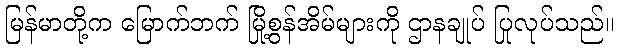
မြန်မာတို့က မြောက်ဘက် မြို့စွန်အိမ်များကို ဌာနချုပ် ပြုလုပ်သည်။